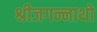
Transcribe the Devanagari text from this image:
श्रीजगन्नाथो